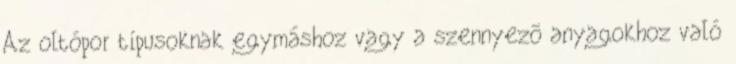
Az oltópor típusoknak egymáshoz vagy a szennyezõ anyagokhoz való